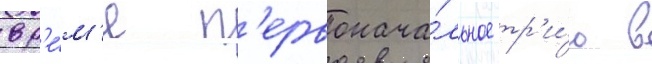
вр'е́м'я п'ервонача́льное тр'и́о в